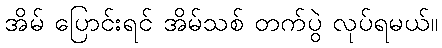
အိမ် ပြောင်းရင် အိမ်သစ် တက်ပွဲ လုပ်ရမယ်။